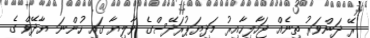
ރޭ ދަންވަރު ތިނެއް ޖަހާލިހާއިރު މަދިޔަޕުރަދޭސްގެ ވާލިޔާ ގައި ހުންނަ ޔާދޭވް ގެ